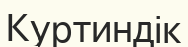
Куртиндік